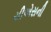
સીએસની